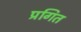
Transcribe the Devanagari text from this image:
प्रगित